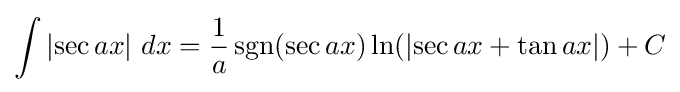
\int \left|\sec {ax}\right|\,dx={\frac {1}{a}}\operatorname {sgn} (\sec {ax})\ln(\left|\sec {ax}+\tan {ax}\right|)+C